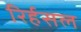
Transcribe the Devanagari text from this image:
रिर्हसल